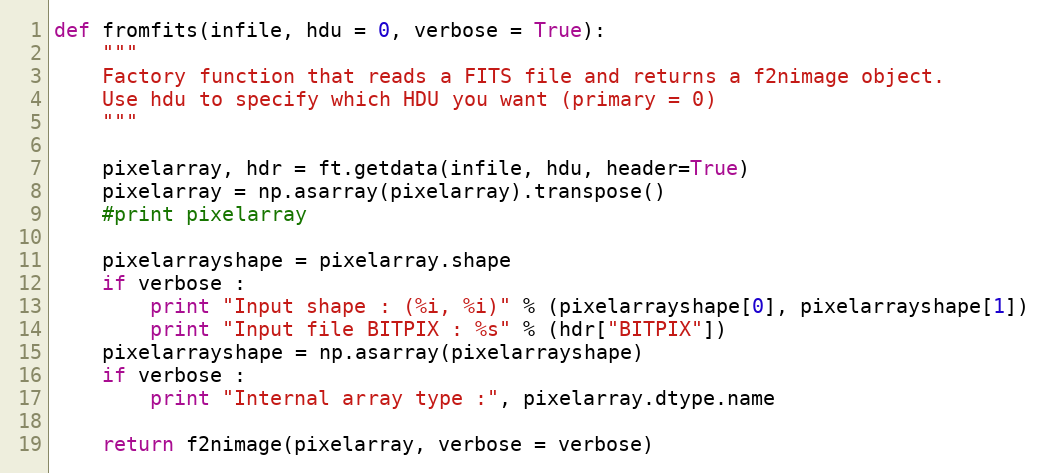
Language: Python
def fromfits(infile, hdu = 0, verbose = True):
    """
    Factory function that reads a FITS file and returns a f2nimage object.
    Use hdu to specify which HDU you want (primary = 0)
    """

    pixelarray, hdr = ft.getdata(infile, hdu, header=True)
    pixelarray = np.asarray(pixelarray).transpose()
    #print pixelarray

    pixelarrayshape = pixelarray.shape
    if verbose :
        print "Input shape : (%i, %i)" % (pixelarrayshape[0], pixelarrayshape[1])
        print "Input file BITPIX : %s" % (hdr["BITPIX"])
    pixelarrayshape = np.asarray(pixelarrayshape)
    if verbose :
        print "Internal array type :", pixelarray.dtype.name

    return f2nimage(pixelarray, verbose = verbose)